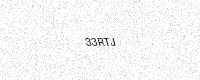
Text: 33RTJ